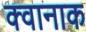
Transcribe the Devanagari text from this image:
क्वानाक